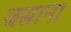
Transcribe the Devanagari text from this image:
जसाना